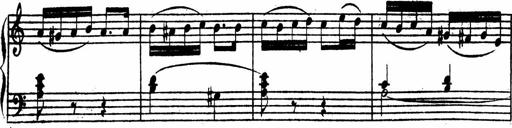
Title: Piano Sonata
Composer: Karl HÃ¤ssler
Key: C major